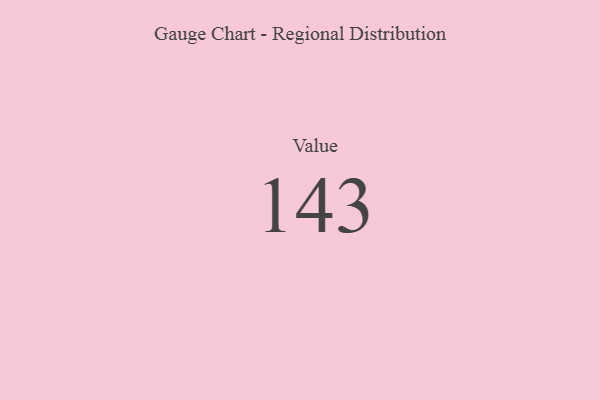
{"axis": {"x": "Metric", "y": "Value"}, "legend": [""], "data": [{"x": "Value", "y": 143, "type": ""}]}